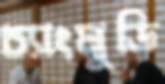
চ্যাংমুড়ি